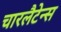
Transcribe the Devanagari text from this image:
चारलैटेन्स